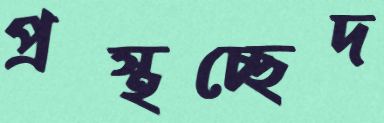
প্রস্থচ্ছেদ